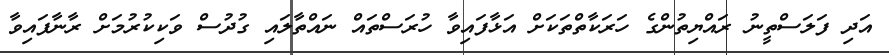
އަދި ފަލަސްތީނު ރައްޔިތުންގެ ހަރަކާތްތަކަށް އަޅާފައިވާ ހުރަސްތައް ނައްތާލައި ގުދުސް ވަކިކުރުމަށް ރާނާފައިވާ